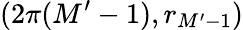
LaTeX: (2\pi(M^{\prime}-1),r_{M^{\prime}-1})